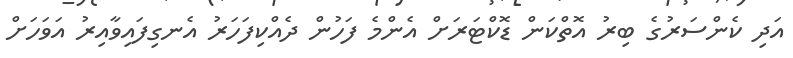
އަދި ކެންސަރުގެ ބިރު އޮތްކަން ޑޮކްޓަރަށް އެންމެ ފަހުން ދެއްކިފަހަރު އެނގިފައިވާއިރު އަވަހަށް